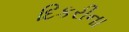
દિકરીના